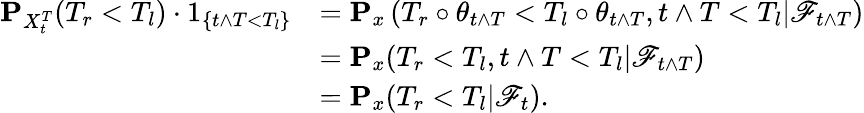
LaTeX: \begin{array}{rl}{\mathbf{P}_{X_{t}^{T}}(T_{r}<T_{l})\cdot 1_{\{ t\wedge T<T_{l}\} }}&{=\mathbf{P}_{x}\left(T_{r}\circ\theta_{t\wedge T}<T_{l}\circ\theta_{t\wedge T},t\wedge T<T_{l}|{\mathscr F}_{t\wedge T}\right)}\\ &{=\mathbf{P}_{x}(T_{r}<T_{l},t\wedge T<T_{l}|{\mathscr F}_{t\wedge T})}\\ &{=\mathbf{P}_{x}(T_{r}<T_{l}|{\mathscr F}_{t}).}\end{array}